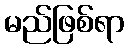
မည်ဖြစ်ရာ